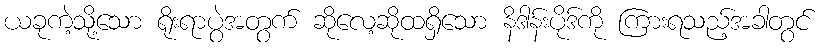
ယခုကဲ့သို့သော ရိုးရာပွဲအတွက် ဆိုလေ့ဆိုထရှိသော နိဒါန်းပိုဒ်ကို ကြားရသည့်အခါတွင်